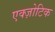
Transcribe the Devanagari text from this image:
एक्ज़ोटिक